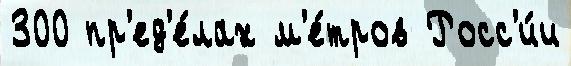
300 пр'ед'е́лах м'е́тров Росс'и́и